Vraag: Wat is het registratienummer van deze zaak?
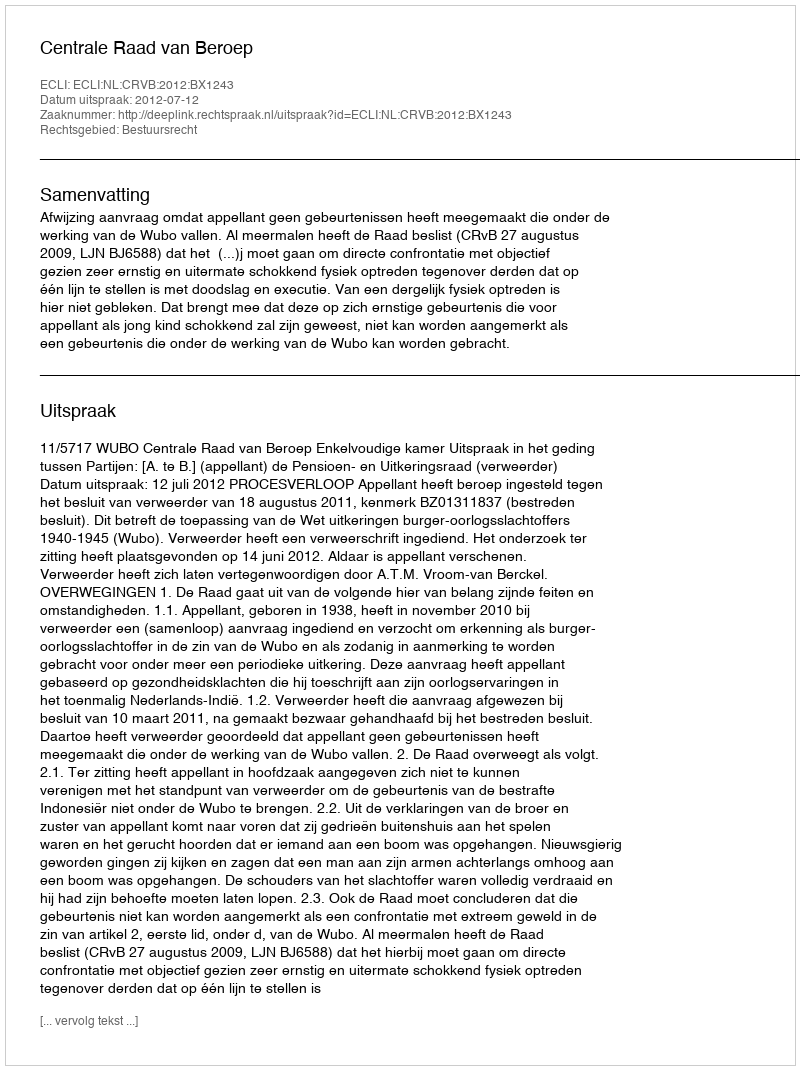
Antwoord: http://deeplink.rechtspraak.nl/uitspraak?id=ECLI:NL:CRVB:2012:BX1243